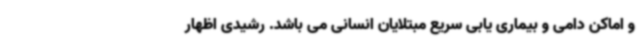
و اماکن دامی و بیماری یابی سریع مبتلایان انسانی می باشد. رشیدی اظهار